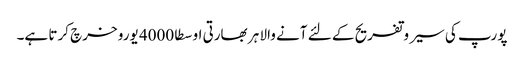
پورپ کی سیر وتفریح کے لئے آنے والا ہر بھارتی اوسطا 4000 یورو خرچ کرتا ہے۔